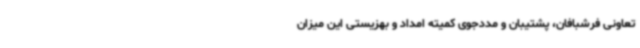
تعاونی فرشبافان، پشتیبان و مددجوی کمیته امداد و بهزیستی این میزان